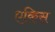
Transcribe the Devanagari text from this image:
एकिस